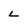
Character: L